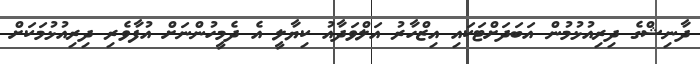
ދާނިޝްގެ ދިރިއުޅުމުން އަބަދަށްޓަކައި އިޒްހާރު އަލްވަދާއު ކިޔާލީީ އެ ދެމީހުންނަށް އުފާވެރި ދިރިއުޅުމަކަށް